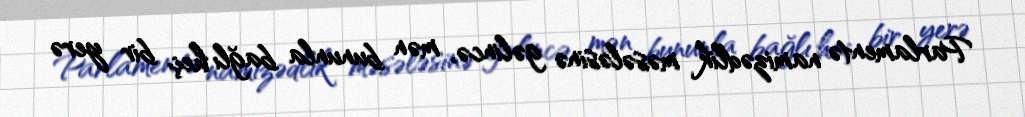
Parlamentə namizədlik məsələsinə gəlincə, mən bununla bağlı heç bir yerə